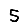
Digit: 5